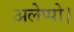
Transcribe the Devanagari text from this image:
अलेप्पो।